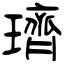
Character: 璾